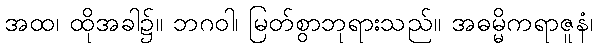
အထ၊ ထိုအခါ၌။ ဘဂဝါ၊ မြတ်စွာဘုရားသည်။ အဓမ္မိကရာဇူနံ၊